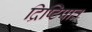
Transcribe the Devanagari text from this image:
द्रिष्टिपात